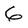
Character: 6